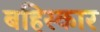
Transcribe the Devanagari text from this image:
बहिस्कार